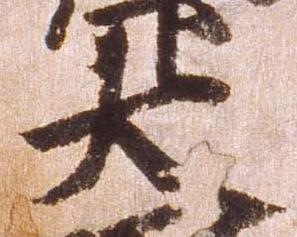
大